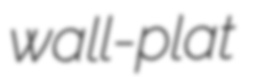
wall-plat